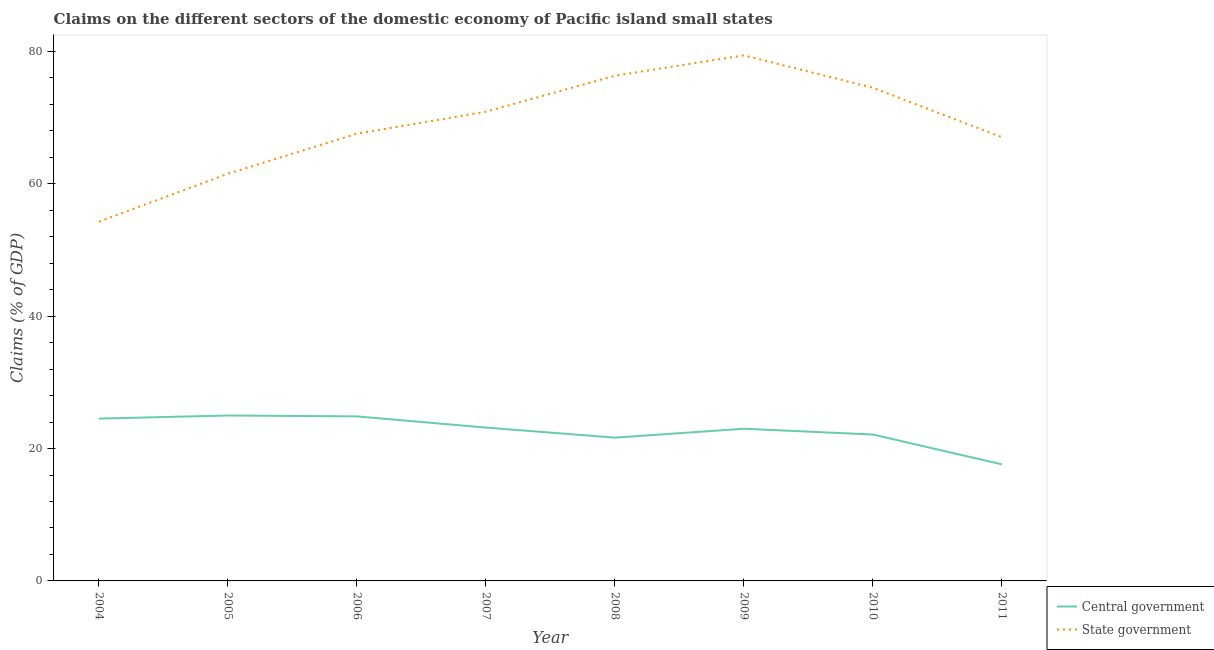
| Year | Central government | State government |
 | --- | --- | --- |
 | 2004 | 24.5 | 54.3 |
 | 2005 | 25 | 61.5 |
 | 2006 | 24.9 | 67.6 |
 | 2007 | 23.2 | 70.9 |
 | 2008 | 21.6 | 76.3 |
 | 2009 | 23 | 79.4 |
 | 2010 | 22.1 | 74.5 |
 | 2011 | 17.6 | 67 |